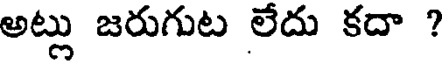
అట్లు జరుగుట లేదు కదా ?